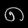
Digit: ၈